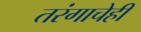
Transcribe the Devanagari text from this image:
तरंगाचेही